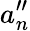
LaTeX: a_{n}^{\prime\prime}